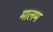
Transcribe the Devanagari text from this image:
मालम